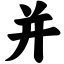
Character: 并